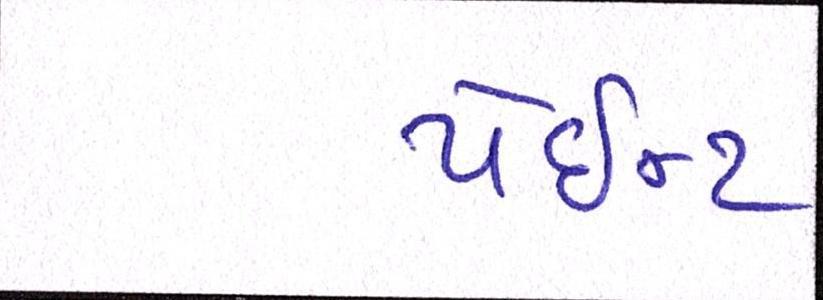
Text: પેઇન્ટ